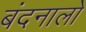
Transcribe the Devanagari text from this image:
बंदनालो